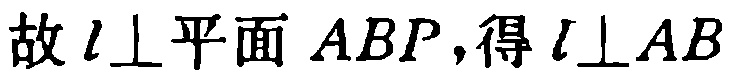
故 \(l\perp\)平面 \(ABP\)，得 \(l\perp AB\)